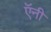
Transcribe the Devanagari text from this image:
ऍनी